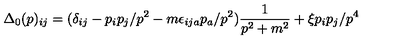
\Delta _ { 0 } ( p ) _ { i j } = ( \delta _ { i j } - p _ { i } p _ { j } / p ^ { 2 } - m \epsilon _ { i j a } p _ { a } / p ^ { 2 } ) \frac { 1 } { p ^ { 2 } + m ^ { 2 } } + \xi p _ { i } p _ { j } / p ^ { 4 }